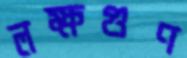
লক্ষগুণ